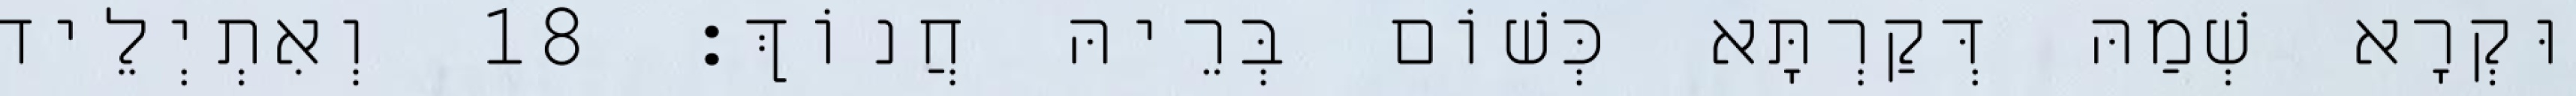
וּקְרָא שְׁמַהּ דְּקַרְתָּא כְּשׁוֹם בְּרֵיהּ חֲנוֹךְ׃ 18 וְאִתְיְלֵיד